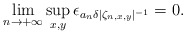
\begin{align*}\lim_{n\rightarrow+\infty}\sup_{x,y}\epsilon_{a_n\delta|\zeta_{n,x,y}|^{-1}}=0.\end{align*}